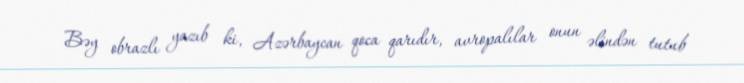
Bəy obrazlı yazıb ki, Azərbaycan qoca qarıdır, avropalılar onun əlindən tutub